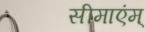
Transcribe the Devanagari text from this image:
सीमाएंम्